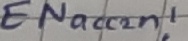
Text: ENacc2n